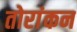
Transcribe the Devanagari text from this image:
तोरांकन